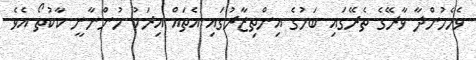
ވެހެމުންދާ ވާރޭގެ ތެރޭގައި ބަހުގެ އިންތިޒާރުގައި އެތައް އިރަކު ހުންނާނީ ކާކުތޯ އެވެ